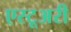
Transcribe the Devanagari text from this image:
एस्टूअरी